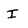
Character: I